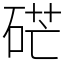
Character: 硭